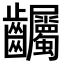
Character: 𪚌